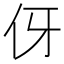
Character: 伢